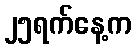
၂၅ရက်နေ့က